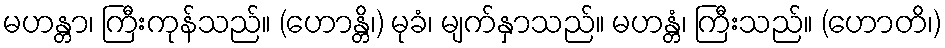
မဟန္တာ၊ ကြီးကုန်သည်။ (ဟောန္တိ၊) မုခံ၊ မျက်နှာသည်။ မဟန္တံ၊ ကြီးသည်။ (ဟောတိ၊)